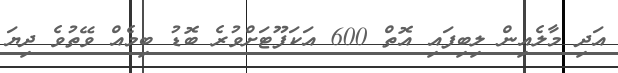
އަދި މާލެއިން ލިބިފައި އޮތް 600 އަކަފޫޓަށްވުރެ ބޮޑު ބިމެއް ވޭތުވެ ދިޔަ